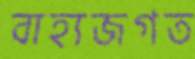
বাহ্যজগত